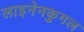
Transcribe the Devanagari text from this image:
लाइनेनकुगल